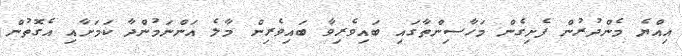
އިއްޔެ މެންދުރުން ފެށިގެން މަހާސިންތާގައި ބައިވެރިވާ ބައިވެރިން މާލެ އަންނަމުންދާ ކަމަށާއި އެގޮތުން